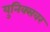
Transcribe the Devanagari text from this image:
युनिक्सवर